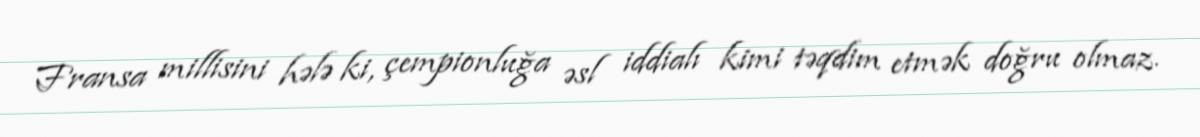
Fransa millisini hələ ki, çempionluğa əsl iddialı kimi təqdim etmək doğru olmaz.